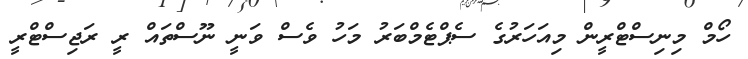
ހޯމް މިނިސްޓްރީން މިއަހަރުގެ ސެޕްޓެމްބަރު މަހު ވެސް ވަނީ ނޫސްތައް ރީ ރަޖިސްޓްރީ